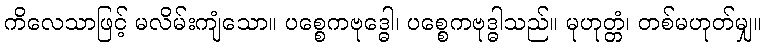
ကိလေသာဖြင့် မလိမ်းကျံသော။ ပစ္စေကဗုဒ္ဓေါ၊ ပစ္စေကဗုဒ္ဓါသည်။ မုဟုတ္တံ၊ တစ်မဟုတ်မျှ။